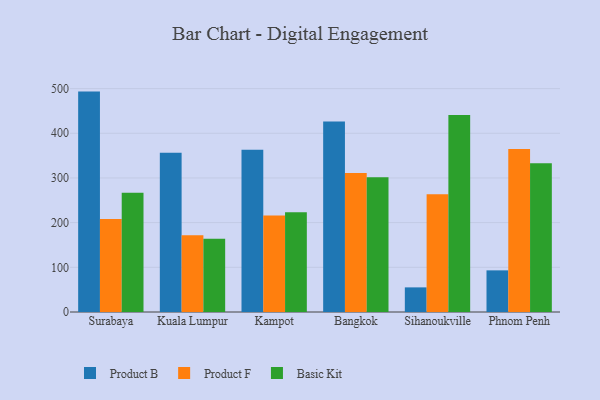
{"axis": {"x": "City", "y": "Page Views"}, "legend": ["Basic Kit", "Product B", "Product F"], "data": [{"x": "Surabaya", "y": 493.3, "type": "Product B"}, {"x": "Surabaya", "y": 208.2, "type": "Product F"}, {"x": "Surabaya", "y": 267.1, "type": "Basic Kit"}, {"x": "Kuala Lumpur", "y": 356.6, "type": "Product B"}, {"x": "Kuala Lumpur", "y": 171.6, "type": "Product F"}, {"x": "Kuala Lumpur", "y": 163.9, "type": "Basic Kit"}, {"x": "Kampot", "y": 363.2, "type": "Product B"}, {"x": "Kampot", "y": 216.0, "type": "Product F"}, {"x": "Kampot", "y": 223.4, "type": "Basic Kit"}, {"x": "Bangkok", "y": 426.3, "type": "Product B"}, {"x": "Bangkok", "y": 311.3, "type": "Product F"}, {"x": "Bangkok", "y": 301.7, "type": "Basic Kit"}, {"x": "Sihanoukville", "y": 55.1, "type": "Product B"}, {"x": "Sihanoukville", "y": 263.7, "type": "Product F"}, {"x": "Sihanoukville", "y": 441.0, "type": "Basic Kit"}, {"x": "Phnom Penh", "y": 93.2, "type": "Product B"}, {"x": "Phnom Penh", "y": 364.7, "type": "Product F"}, {"x": "Phnom Penh", "y": 332.8, "type": "Basic Kit"}]}